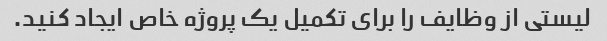
لیستی از وظایف را برای تکمیل یک پروژه خاص ایجاد کنید.